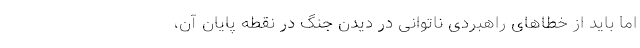
اما باید از خطاهای راهبردی ناتوانی در دیدن جنگ در نقطه پایان آن،